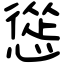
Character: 慫